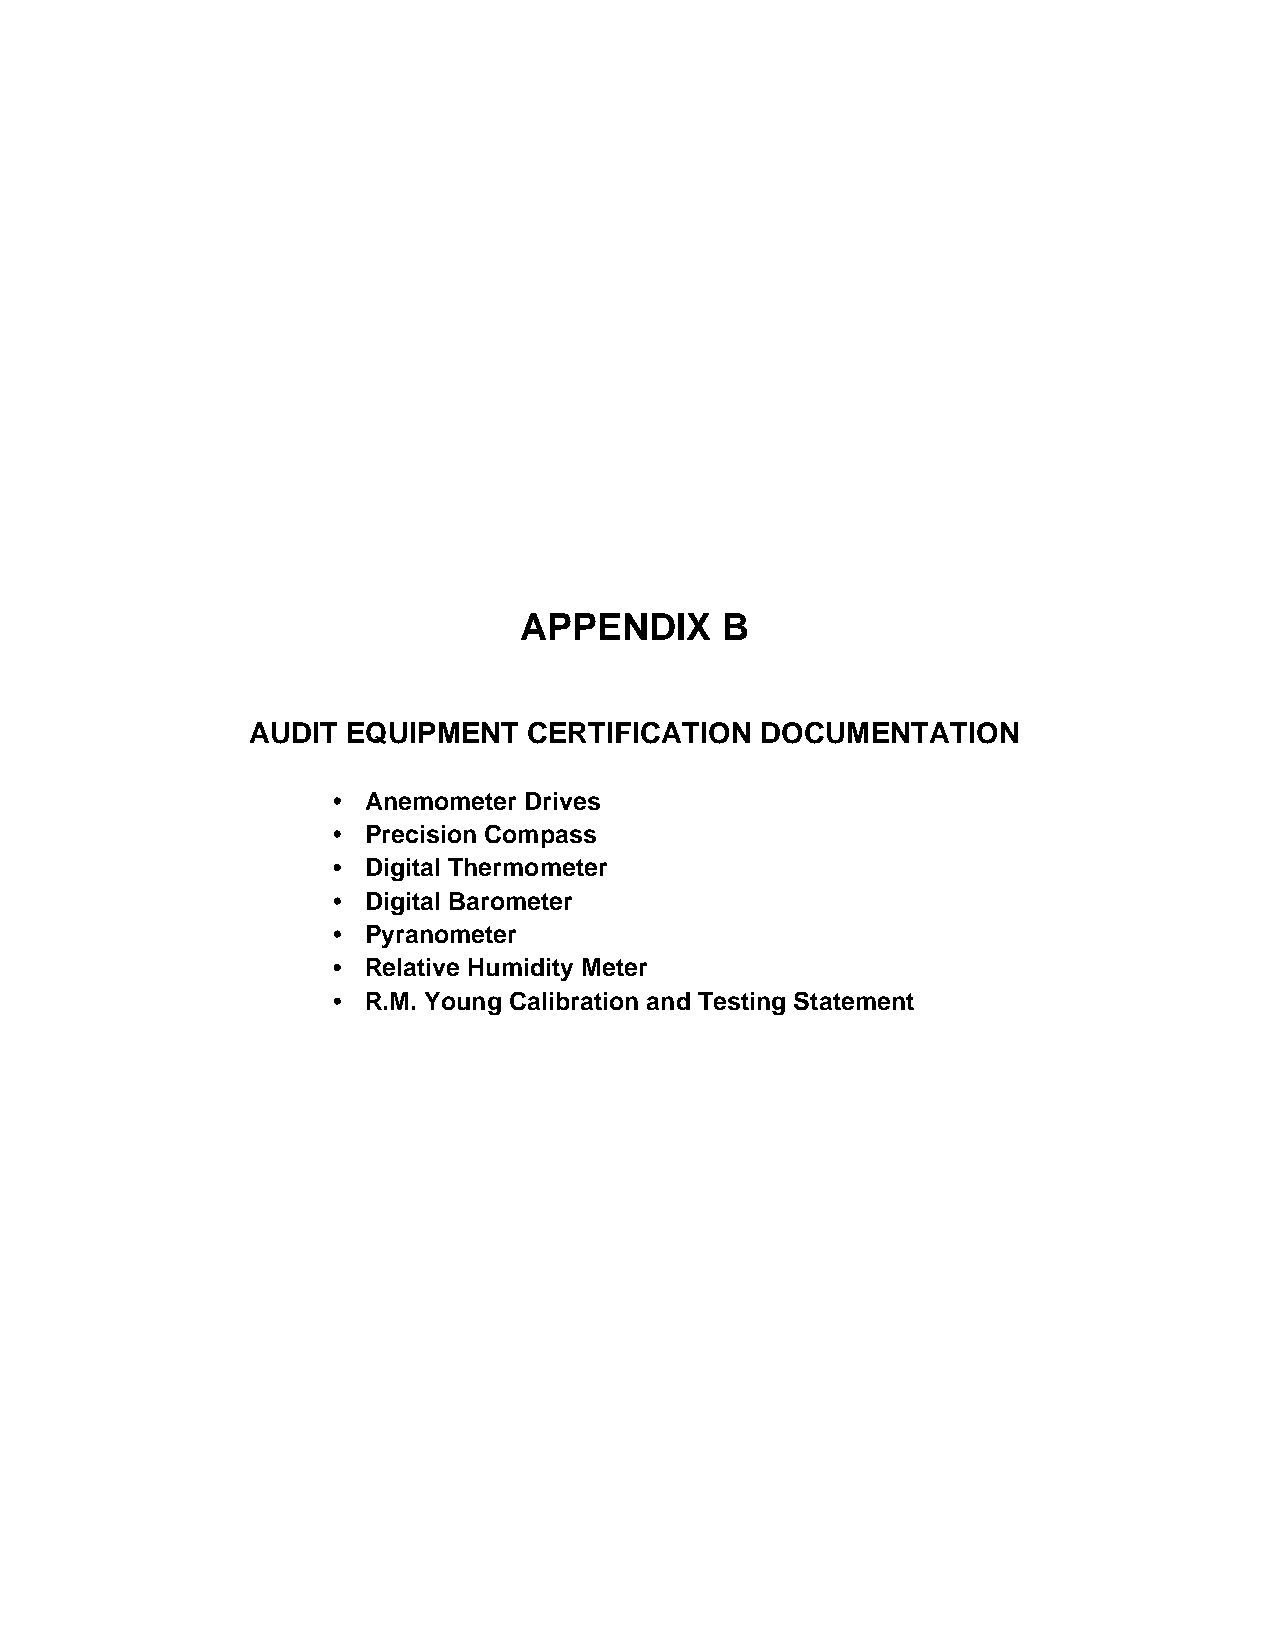
APPENDIX      B
 AUDIT  EQUIPMENT   CERTIFICATION  DOCUMENTATION
 • Anemometer Drives
 • Precision Compass
 • Digital Thermometer
 • Digital Barometer
 • Pyranometer
 • Relative Humidity Meter
 • R.M. Young Calibration and Testing Statement